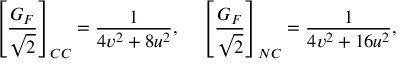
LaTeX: \left[ { \frac { G _ { F } } { \sqrt 2 } } \right] _ { C C } = { \frac { 1 } { 4 v ^ { 2 } + 8 u ^ { 2 } } } , ~ ~ ~ \left[ { \frac { G _ { F } } { \sqrt 2 } } \right] _ { N C } = { \frac { 1 } { 4 v ^ { 2 } + 1 6 u ^ { 2 } } } ,